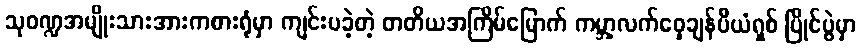
သုဝဏ္ဍအမျိုးသားအားကစားရုံမှာ ကျင်းပခဲ့တဲ့ တတိယအကြိမ်မြောက် ကမ္ဘာ့လက်ဝှေ့ချန်ပီယံရှစ် ပြိုင်ပွဲမှာ